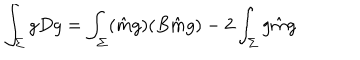
LaTeX: \int _ { \Sigma } g D g = \int _ { \Sigma } ( \hat { m } g ) ( B \hat { m } g ) - 2 \int _ { \Sigma } g \hat { m } g